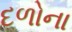
દળોના